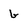
Character: b